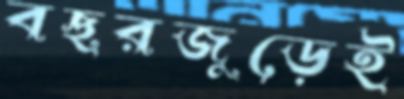
বছরজুড়েই